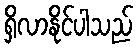
ရှိလာနိုင်ပါသည်